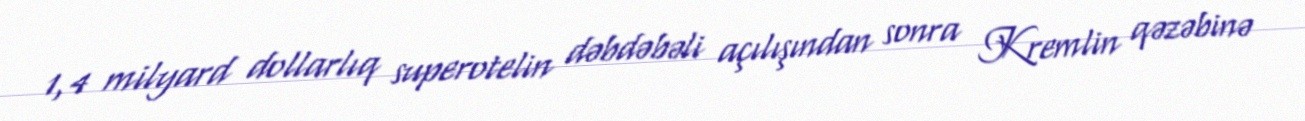
1,4 milyard dollarlıq superotelin dəbdəbəli açılışından sonra Kremlin qəzəbinə